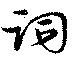
詞